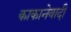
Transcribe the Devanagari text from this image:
काकानेवादी